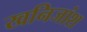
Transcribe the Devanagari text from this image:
खनिजांश